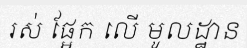
រស់ ផ្អែក លើ មូលដ្ឋាន